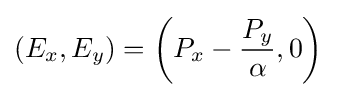
(E_{x},E_{y})=\left(P_{x}-{\frac {P_{y}}{\alpha }},0\right)